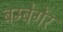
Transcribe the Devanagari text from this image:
बम्बेर्गेर